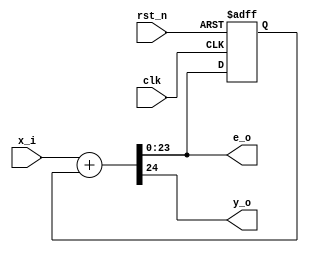
`timescale  1ns / 1ps

module efm #(
    parameter WIDTH = 24
) (
    input clk,
    input rst_n,

    input [WIDTH-1:0] x_i,
    output y_o,
    output [WIDTH-1:0] e_o
);

    wire [WIDTH:0] sum;
    reg [WIDTH-1:0] error_r;

    assign sum = x_i + error_r;

    // always @(posedge clk or negedge rst_n) begin
    //     if (!rst_n) begin
    //         sum_r <= 'b0;
    //     end else begin
    //         sum_r <= x_i + error_r; 
    //     end
    // end

    always @(posedge clk or negedge rst_n) begin
        if (!rst_n) begin
            error_r <= 'b0;
        end else begin
            error_r <= sum[WIDTH-1:0];
        end
    end

    // 
    assign e_o = sum[WIDTH-1:0];
    assign y_o = sum[WIDTH];
    // // 
    // reg [WIDTH:0] sum_r;
    // always @(posedge clk or negedge rst_n) begin
    //     if (!rst_n) begin
    //         sum_r <= 'b0;
    //     end else begin
    //         sum_r <= sum; 
    //     end
    // end
    // assign e_o = sum_r[WIDTH-1:0];
    // assign y_o = sum_r[WIDTH];

endmodule